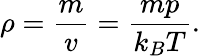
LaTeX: \rho={\frac{m}{v}}={\frac{mp}{k_{B}T}}.